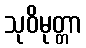
သုဝိမုတ္တာ